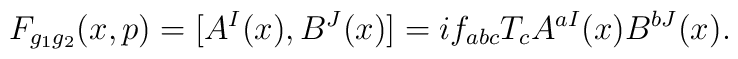
F_{g_1g_2}(x,p)=[A^I(x),B^J(x)]=if_{abc}T_cA^{aI}(x)B^{bJ}(x).